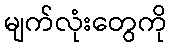
မျက်လုံးတွေကို